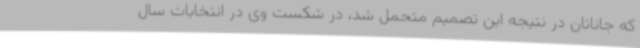
که جاناتان در نتیجه این تصمیم متحمل شد، در شکست وی در انتخابات سال